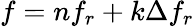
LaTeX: f=nf_{r}+k\Delta f_{r}